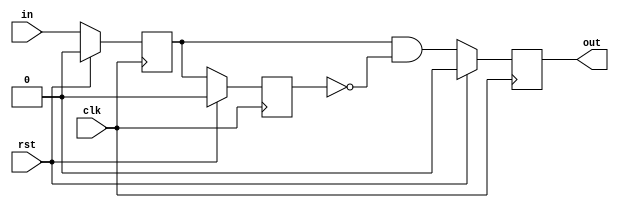
module ad_edge_detect #(
  parameter   EDGE = 0) (
  input                   clk,
  input                   rst,
  input                   in,
  output  reg             out);
  localparam  POS_EDGE = 0;
  localparam  NEG_EDGE = 1;
  localparam  ANY_EDGE = 2;
  reg         ff_m1 = 0;
  reg         ff_m2 = 0;
  always @(posedge clk) begin
    if (rst == 1) begin
      ff_m1 <= 0;
      ff_m2 <= 0;
    end else begin
      ff_m1 <= in;
      ff_m2 <= ff_m1;
    end
  end
  always @(posedge clk) begin
    if (rst == 1) begin
      out <= 1'b0;
    end else begin
      if (EDGE == POS_EDGE) begin
        out <= ff_m1 & ~ff_m2;
      end else if (EDGE == NEG_EDGE) begin
        out <= ~ff_m1 & ff_m2;
      end else begin
        out <= ff_m1 ^ ff_m2;
      end
    end
  end
endmodule